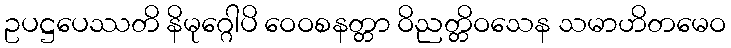
ဥပဋ္ဌပေဿတိ နိမုဂ္ဂေါပိ ဝေဝစနတ္တာ ဝိညတ္တိဝသေန သမာဟိတမေဝ